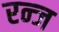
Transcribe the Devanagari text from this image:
रन्ज